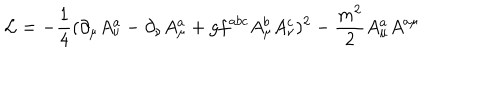
LaTeX: { \cal L } = - \frac { 1 } { 4 } ( \partial _ { \mu } A _ { \nu } ^ { a } - \partial _ { \nu } A _ { \mu } ^ { a } + g f ^ { a b c } A _ { \mu } ^ { b } A _ { \nu } ^ { c } ) ^ { 2 } - \frac { m ^ { 2 } } { 2 } A _ { \mu } ^ { a } A ^ { a \mu }